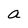
Character: a